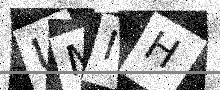
Text: UMIH